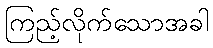
ကြည့်လိုက်သောအခါ